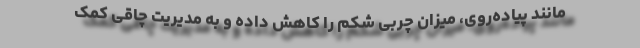
مانند پیاده‌روی، میزان چربی شکم را کاهش داده و به مدیریت چاقی کمک